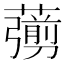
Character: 𦿶